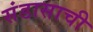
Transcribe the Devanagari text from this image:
संडासाची